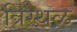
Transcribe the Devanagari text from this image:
त्रिस्थळ